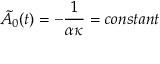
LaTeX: \tilde { A _ { 0 } } ( t ) = - \frac { 1 } { \alpha \kappa } = c o n s t a n t